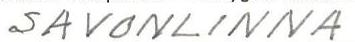
SAVONLINNA